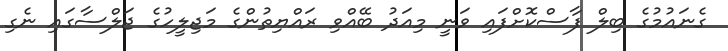
ގެނައުމުގެ ބިލް ފާސްކޮށްފައި ވަނީ މިއަދު ބޭއްވި ރައްޔިތުންގެ މަޖިލީހުގެ ޖަލްސާގައި ނެގި